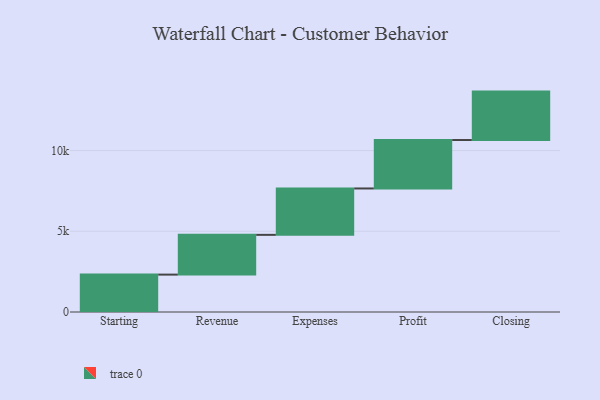
{"axis": {"x": "Step", "y": "Value"}, "legend": [""], "data": [{"x": "Starting", "y": 2316.0, "type": ""}, {"x": "Revenue", "y": 2463.0, "type": ""}, {"x": "Expenses", "y": 2874.0, "type": ""}, {"x": "Profit", "y": 3000, "type": ""}, {"x": "Closing", "y": 3000, "type": ""}]}